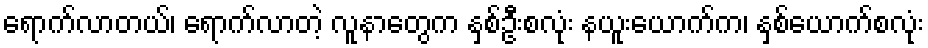
ရောက်လာတယ်၊ ရောက်လာတဲ့ လူနာတွေက နှစ်ဦးစလုံး နယူးယောက်က၊ နှစ်ယောက်စလုံး